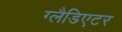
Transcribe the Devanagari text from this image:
ग्‍लैडिएटर